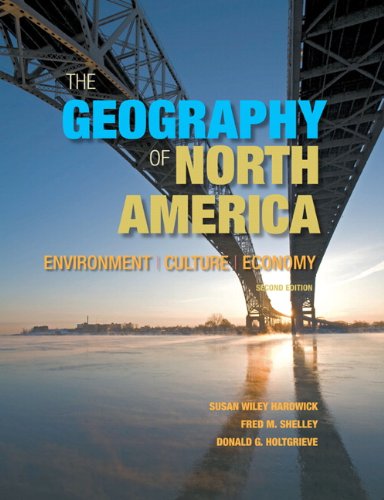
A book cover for The Geography of North America: Environment, Culture, Economy (2nd Edition); Susan W. Hardwick; Science & Math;